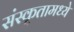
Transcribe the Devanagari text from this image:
संस्कृतामध्ये